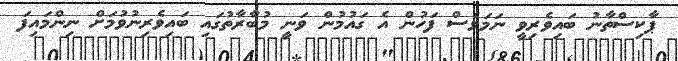
ޕާކިސްތާނު ބައިވެރިވީ ނަމަވެސް ފަހުން އެ ގައުމުން ވަނީ މުބާރާތުގައި ބައިވެރިނުވުމަށް ނިންމައިފަ